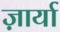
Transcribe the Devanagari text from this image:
ज़ार्या